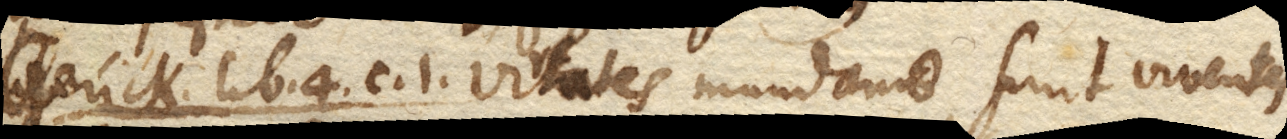
Gerick. lib. 4. c. 1. Virtutes mundanae sunt viventes,